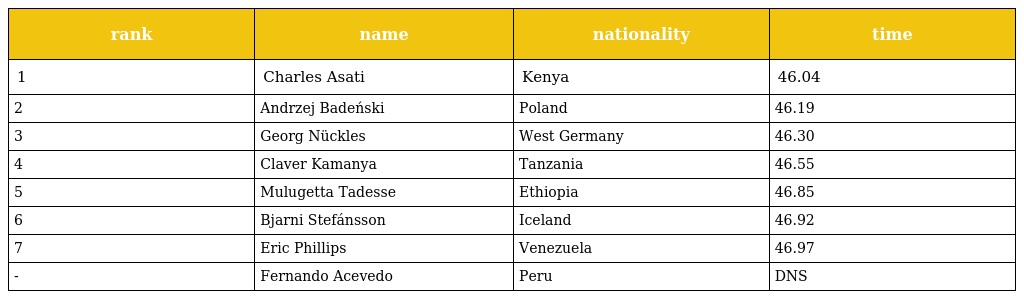
| rank | name | nationality | time |
 | --- | --- | --- | --- |
 | 1 | Charles Asati | Kenya | 46.04 |
 | 2 | Andrzej Badeński | Poland | 46.19 |
 | 3 | Georg Nückles | West Germany | 46.30 |
 | 4 | Claver Kamanya | Tanzania | 46.55 |
 | 5 | Mulugetta Tadesse | Ethiopia | 46.85 |
 | 6 | Bjarni Stefánsson | Iceland | 46.92 |
 | 7 | Eric Phillips | Venezuela | 46.97 |
 | - | Fernando Acevedo | Peru | DNS |